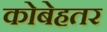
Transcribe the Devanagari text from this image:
कोबेहतर